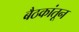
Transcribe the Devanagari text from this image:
बैठकांतून